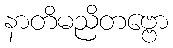
နာတိမညိတဗ္ဗော